Civil Veterinary Department. Madras. Admin. report 1926-33 - 1926-1933
Year: 1926
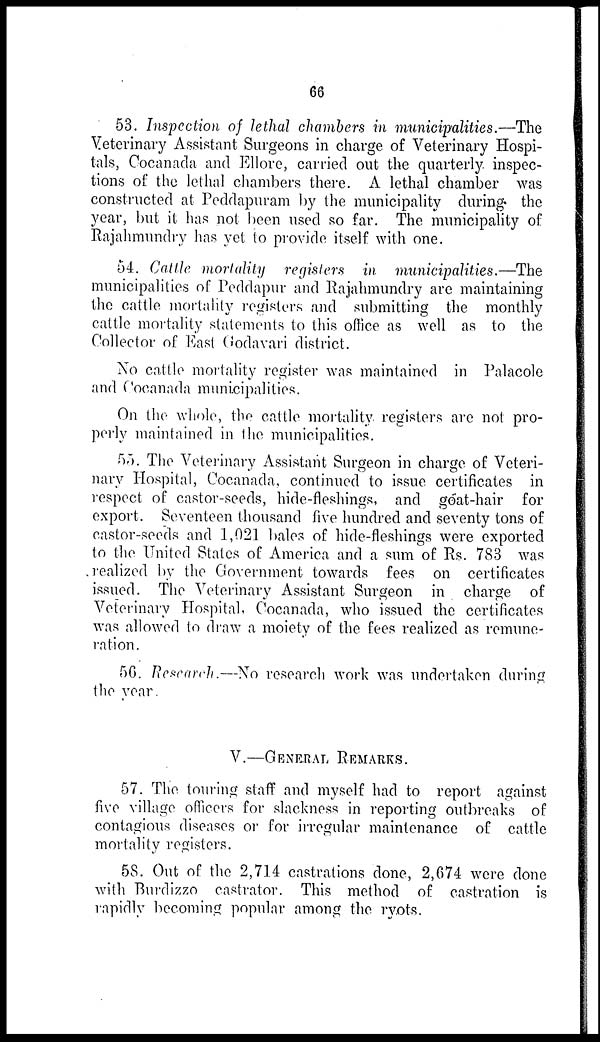
66
53. Inspection of lethal chambers in municipalities.—The
Veterinary Assistant Surgeons in charge of Veterinary Hospi-
tals, Cocanada and Ellore, carried out the quarterly inspec-
tions of the lethal chambers there. A lethal chamber was
constructed at Peddapuram by the municipality during the
year, but it has not been used so far. The municipality of
Rajahmundry has yet to provide itself with one.
54. Cattle mortality registers in municipalities.—The
municipalities of Peddapur and Rajahmundry are maintaining
the cattle mortality registers and submitting the monthly
cattle mortality statements to this office as well as to the
Collector of East Godavari district.
No cattle mortality register was maintained in Palacole
and Cocanada municipalities.
On the whole, the cattle mortality registers are not pro-
perly maintained in the municipalities.
55. The Veterinary Assistant Surgeon in charge of Veteri-
nary Hospital, Cocanada, continued to issue certificates in
respect of castor-seeds, hide-fleshings, and goat-hair for
export. Seventeen thousand five hundred and seventy tons of
castor-seeds and 1,021 bales of hide-fleshings were exported
to the United States of America and a sum of Rs. 783 was
realized by the Government towards fees on certificates
issued. The Veterinary Assistant Surgeon in charge of
Veterinary Hospital, Cocanada, who issued the certificates
was allowed to draw a moiety of the fees realized as remune-
ration.
56. Research.—No research work was undertaken during
the year.
V.—GENERAL REMARKS.
57. The touring staff and myself had to report against
five village officers for slackness in reporting outbreaks of
contagious diseases or for irregular maintenance of cattle
mortality registers.
58. Out of the 2,714 castrations done, 2,674 were done
with Burdizzo castrator. This method of castration is
rapidly becoming popular among the ryots.